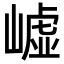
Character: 㠊